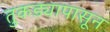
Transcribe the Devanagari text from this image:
तुकड्यापासून